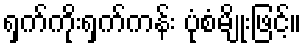
ရှက်ကိုးရှက်ကန်း ပုံစံမျိုးဖြင့်။